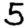
Digit: 5